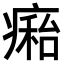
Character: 𤹇